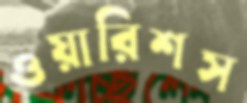
ওয়ারিশস